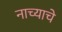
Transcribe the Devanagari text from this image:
नाच्याचे